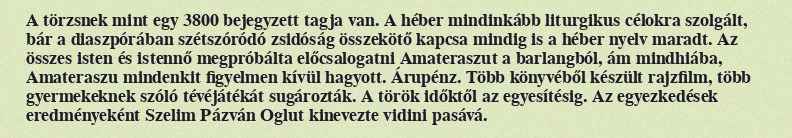
A törzsnek mint egy 3800 bejegyzett tagja van. A héber mindinkább liturgikus célokra szolgált, bár a diaszpórában szétszóródó zsidóság összekötő kapcsa mindig is a héber nyelv maradt. Az összes isten és istennő megpróbálta előcsalogatni Amateraszut a barlangból, ám mindhiába, Amateraszu mindenkit figyelmen kívül hagyott. Árupénz. Több könyvéből készült rajzfilm, több gyermekeknek szóló tévéjátékát sugározták. A török időktől az egyesítésig. Az egyezkedések eredményeként Szelim Pázván Oglut kinevezte vidini pasává.